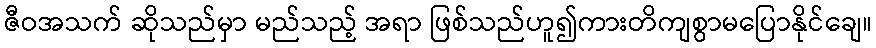
ဇီဝအသက် ဆိုသည်မှာ မည်သည့် အရာ ဖြစ်သည်ဟူ၍ကားတိကျစွာမပြောနိုင်ချေ။